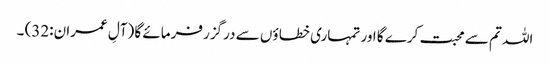
اللہ تم سے محبت کرے گا اور تمہاری خطا ؤں سے درگزر فرمائے گا (آلِ عمران:32) ۔